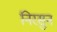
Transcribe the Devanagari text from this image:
निरसुन